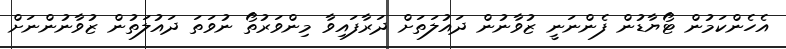
އެހެންކަމުން ޓޯޔާޑުން ފެންނަނީ ޒުވާނުން ދައުލަތަށް ދަރާފައިވާ މިންވަރުތޯ ނުވަތަ ދައުލަތުން ޒުވާނުންނަށް